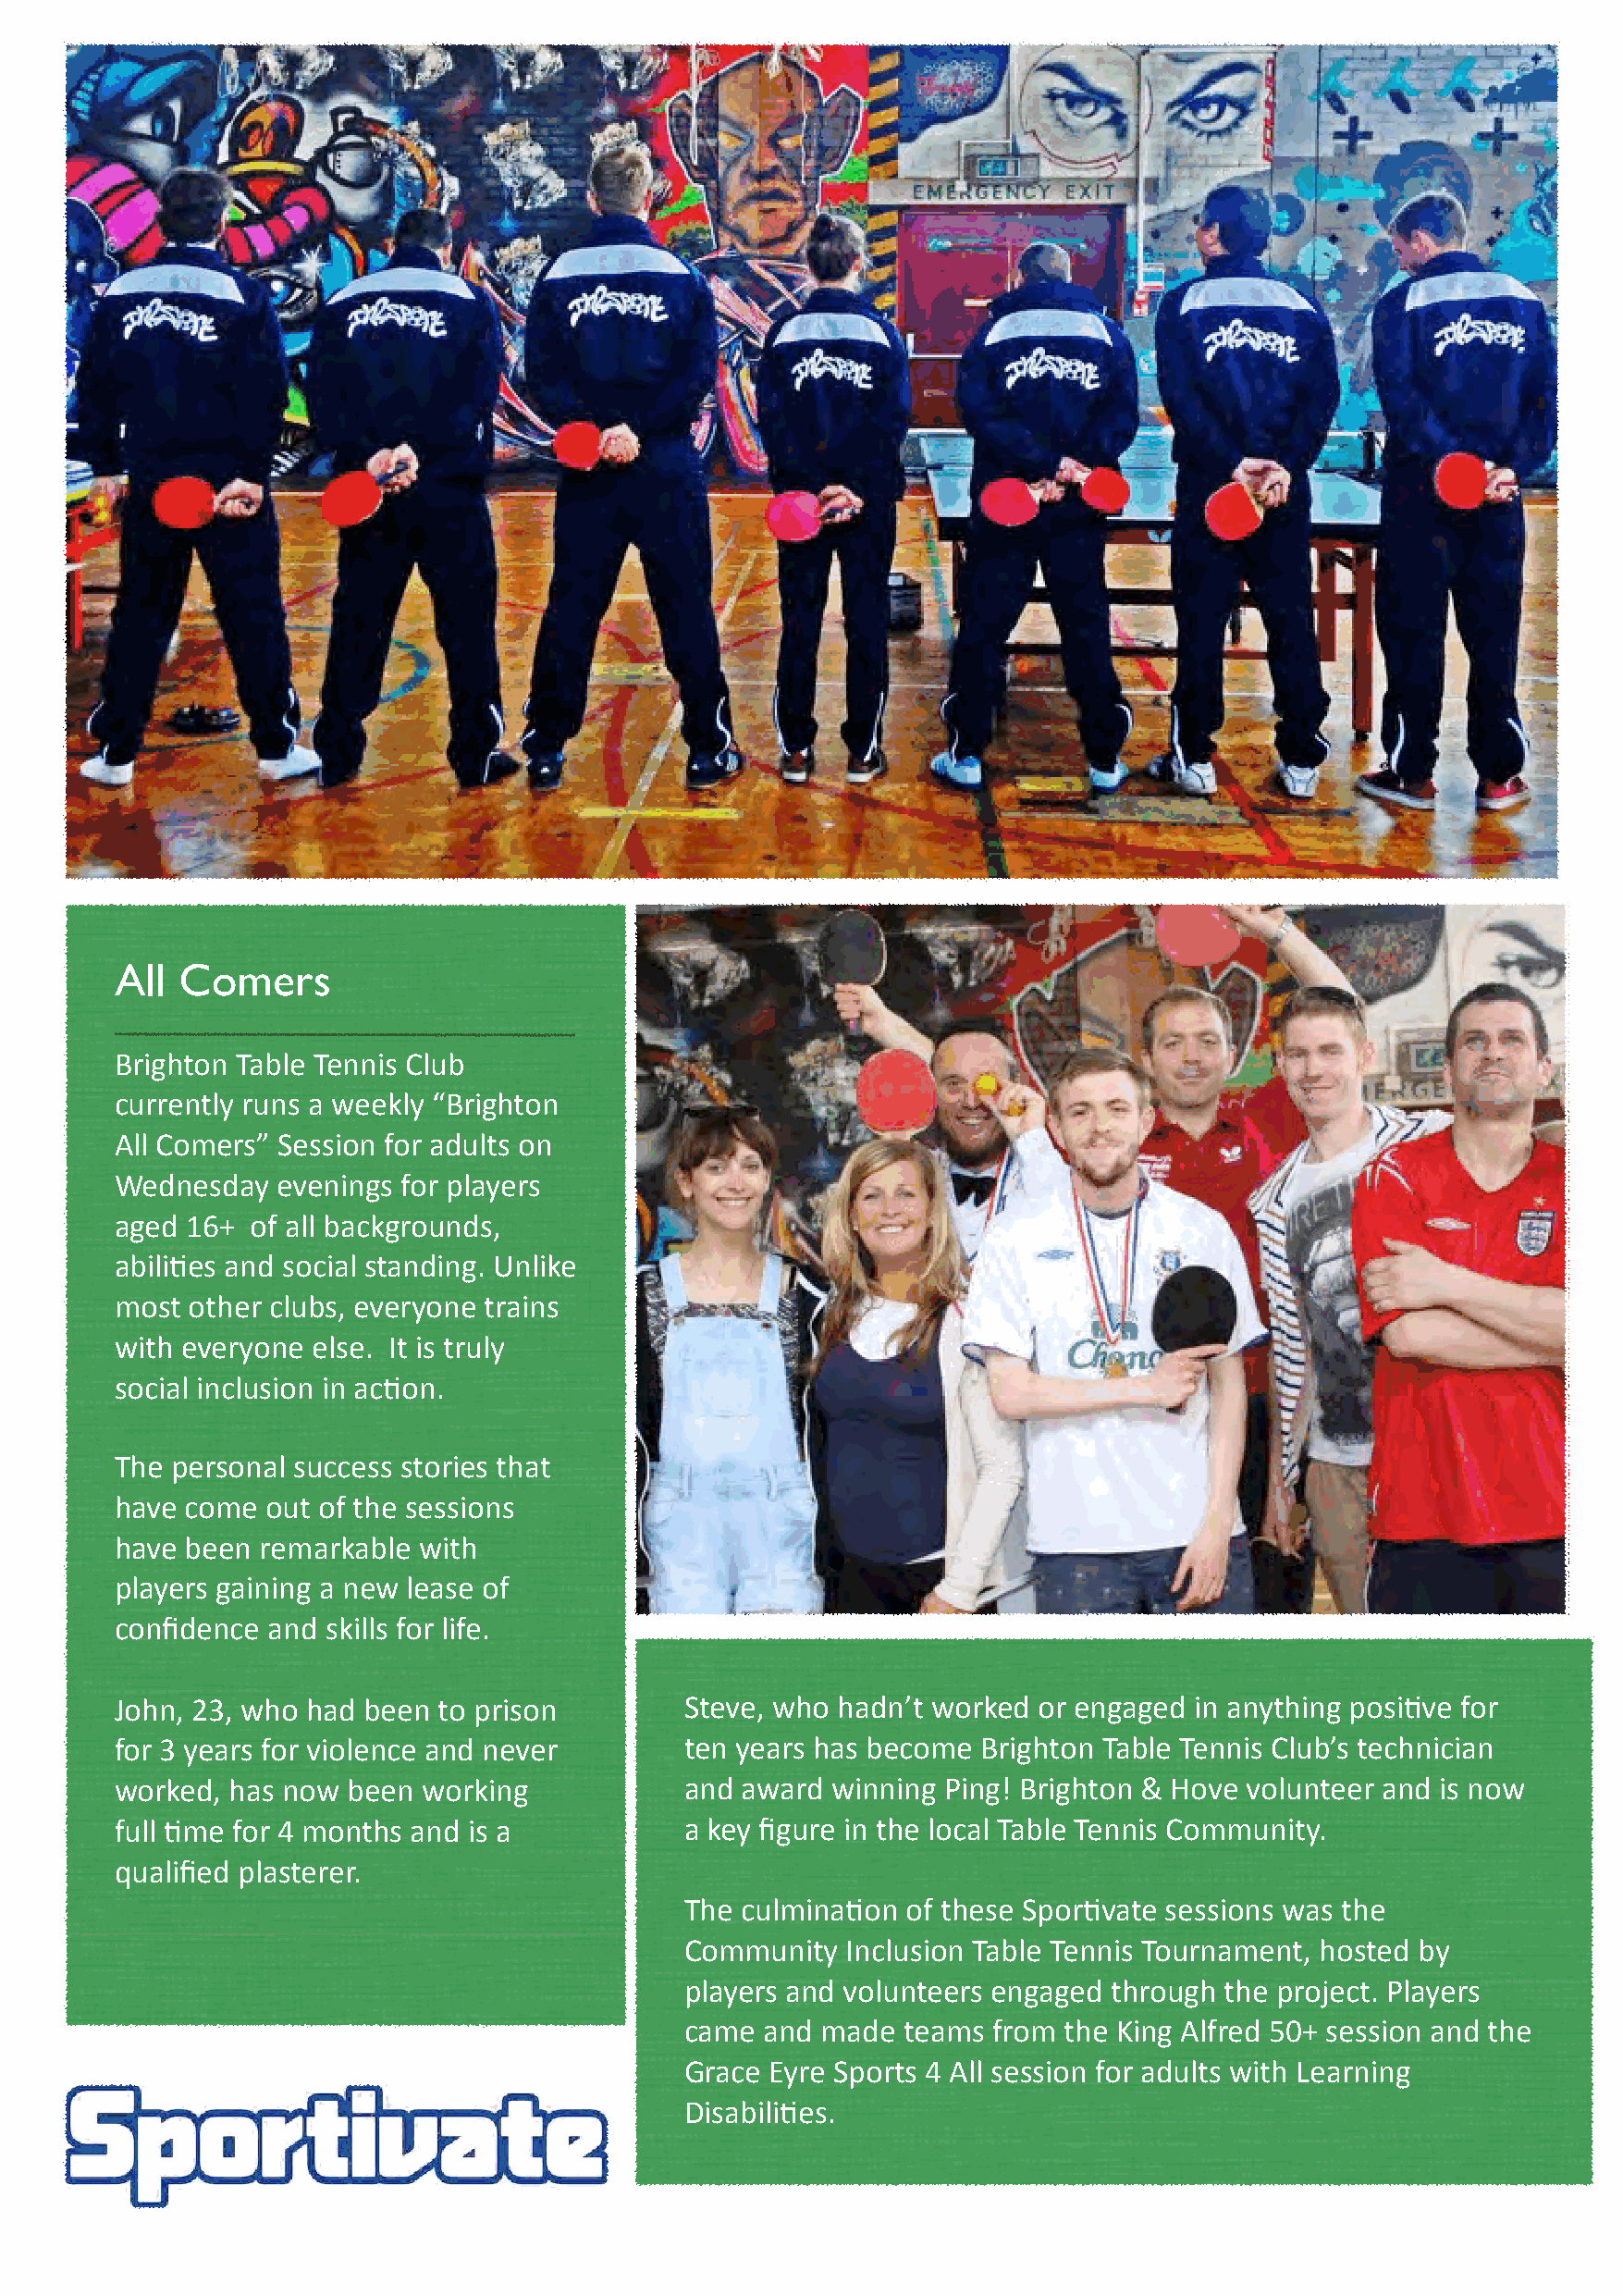
All  Comers
 Brighton Table Tennis Club
 currently runs a weekly “Brighton
 All Comers” Session for adults on
 Wednesday   evenings for players
 aged 16+  of all backgrounds,
 abili5es and social standing. Unlike
 most  other clubs, everyone trains
 with everyone else. It is truly
 social inclusion in ac5on.
 The personal success stories that
 have come  out of the sessions
 have been  remarkable with
 players gaining a new lease of
 confidence and skills for life.
 John, 23, who had been to prison         Steve, who hadn’t worked or engaged in anything posi5ve for
 for 3 years for violence and never       ten years has become Brighton Table Tennis Club’s technician
 worked, has now  been working            and award  winning Ping! Brighton & Hove volunteer and is now
 full 5me for 4 months and is a           a key figure in the local Table Tennis Community.
 qualified plasterer.
 The culmina5on  of these Spor5vate sessions was the
 Community   Inclusion Table Tennis Tournament, hosted by
 players and volunteers engaged through the project. Players
 came  and made  teams from the King Alfred 50+ session and the
 Grace Eyre Sports 4 All session for adults with Learning
 Disabili5es.